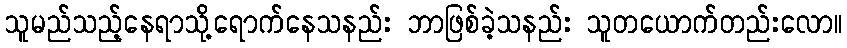
သူမည်သည့်နေရာသို့ရောက်နေသနည်း ဘာဖြစ်ခဲ့သနည်း သူတယောက်တည်းလော။